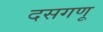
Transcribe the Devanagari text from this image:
दसगणू